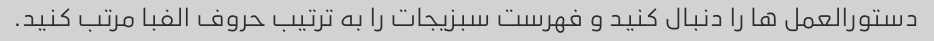
دستورالعمل ها را دنبال کنید و فهرست سبزیجات را به ترتیب حروف الفبا مرتب کنید.